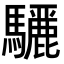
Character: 𮪜